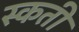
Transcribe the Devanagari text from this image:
स्कती